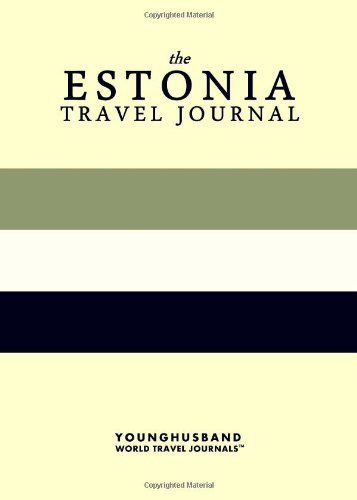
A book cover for The Estonia Travel Journal; Younghusband World Travel Journals; Travel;